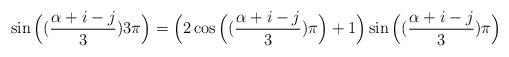
LaTeX: \begin{align*}\sin\Big((\frac{\alpha+i-j}{3})3 \pi\Big)=\Big(2\cos\Big((\frac{\alpha+i-j}{3}) \pi\Big)+1\Big)\sin\Big((\frac{\alpha+i-j}{3}) \pi\Big)\end{align*}